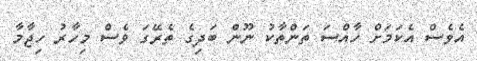
އެވެސް އެކަމަށް ހާއްސަ ތަންތާކު ނޫން ބަދިގެ ތެރޭގަ ވެސް މިހާރު ހިޖާމާ